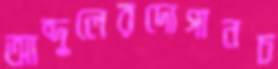
আব্দুলেরদোগানচ